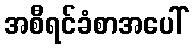
အစီရင်ခံစာအပေါ်